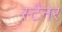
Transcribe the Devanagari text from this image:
स्टैनर